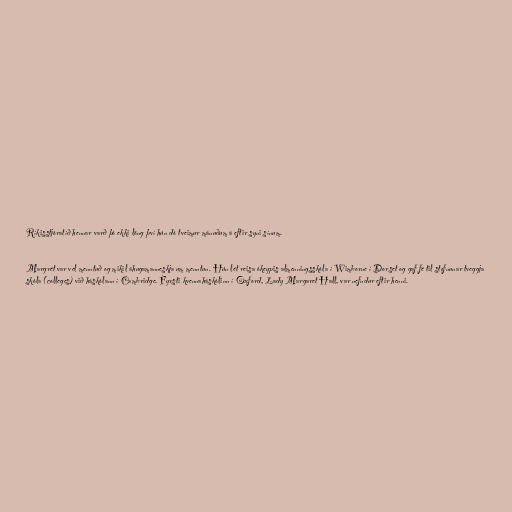
Ríkisstjóratíð hennar varð þó ekki löng því hún dó tveimur mánuðum á eftir syni sínum.

Margrét var vel menntuð og mikil áhugamanneskja um menntun. Hún lét reisa ókeypis almenningsskóla í Wimborne í Dorset og gaf fé til stofnunar tveggja
skóla (colleges) við háskólann í Cambridge. Fyrsti kvennaháskólinn í Oxford, Lady Margaret Hall, var nefndur eftir henni.